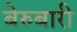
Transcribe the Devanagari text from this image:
बेरुबारी